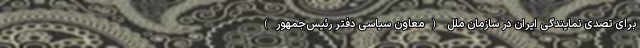
برای تصدی نمایندگی ایران در سازمان ملل (معاون سیاسی دفتر رئیس‌جمهور)